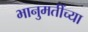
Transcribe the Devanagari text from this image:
भानुमतींच्या